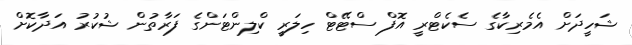
ޝަހީދަށް އެމެރިކާގެ ސެކެޓްރީ އޮފް ސްޓޭޓް ހިލަރީ ކްލިންޓަންގެ ފަރާތުން ޝުކުރު އަދާކޮށް